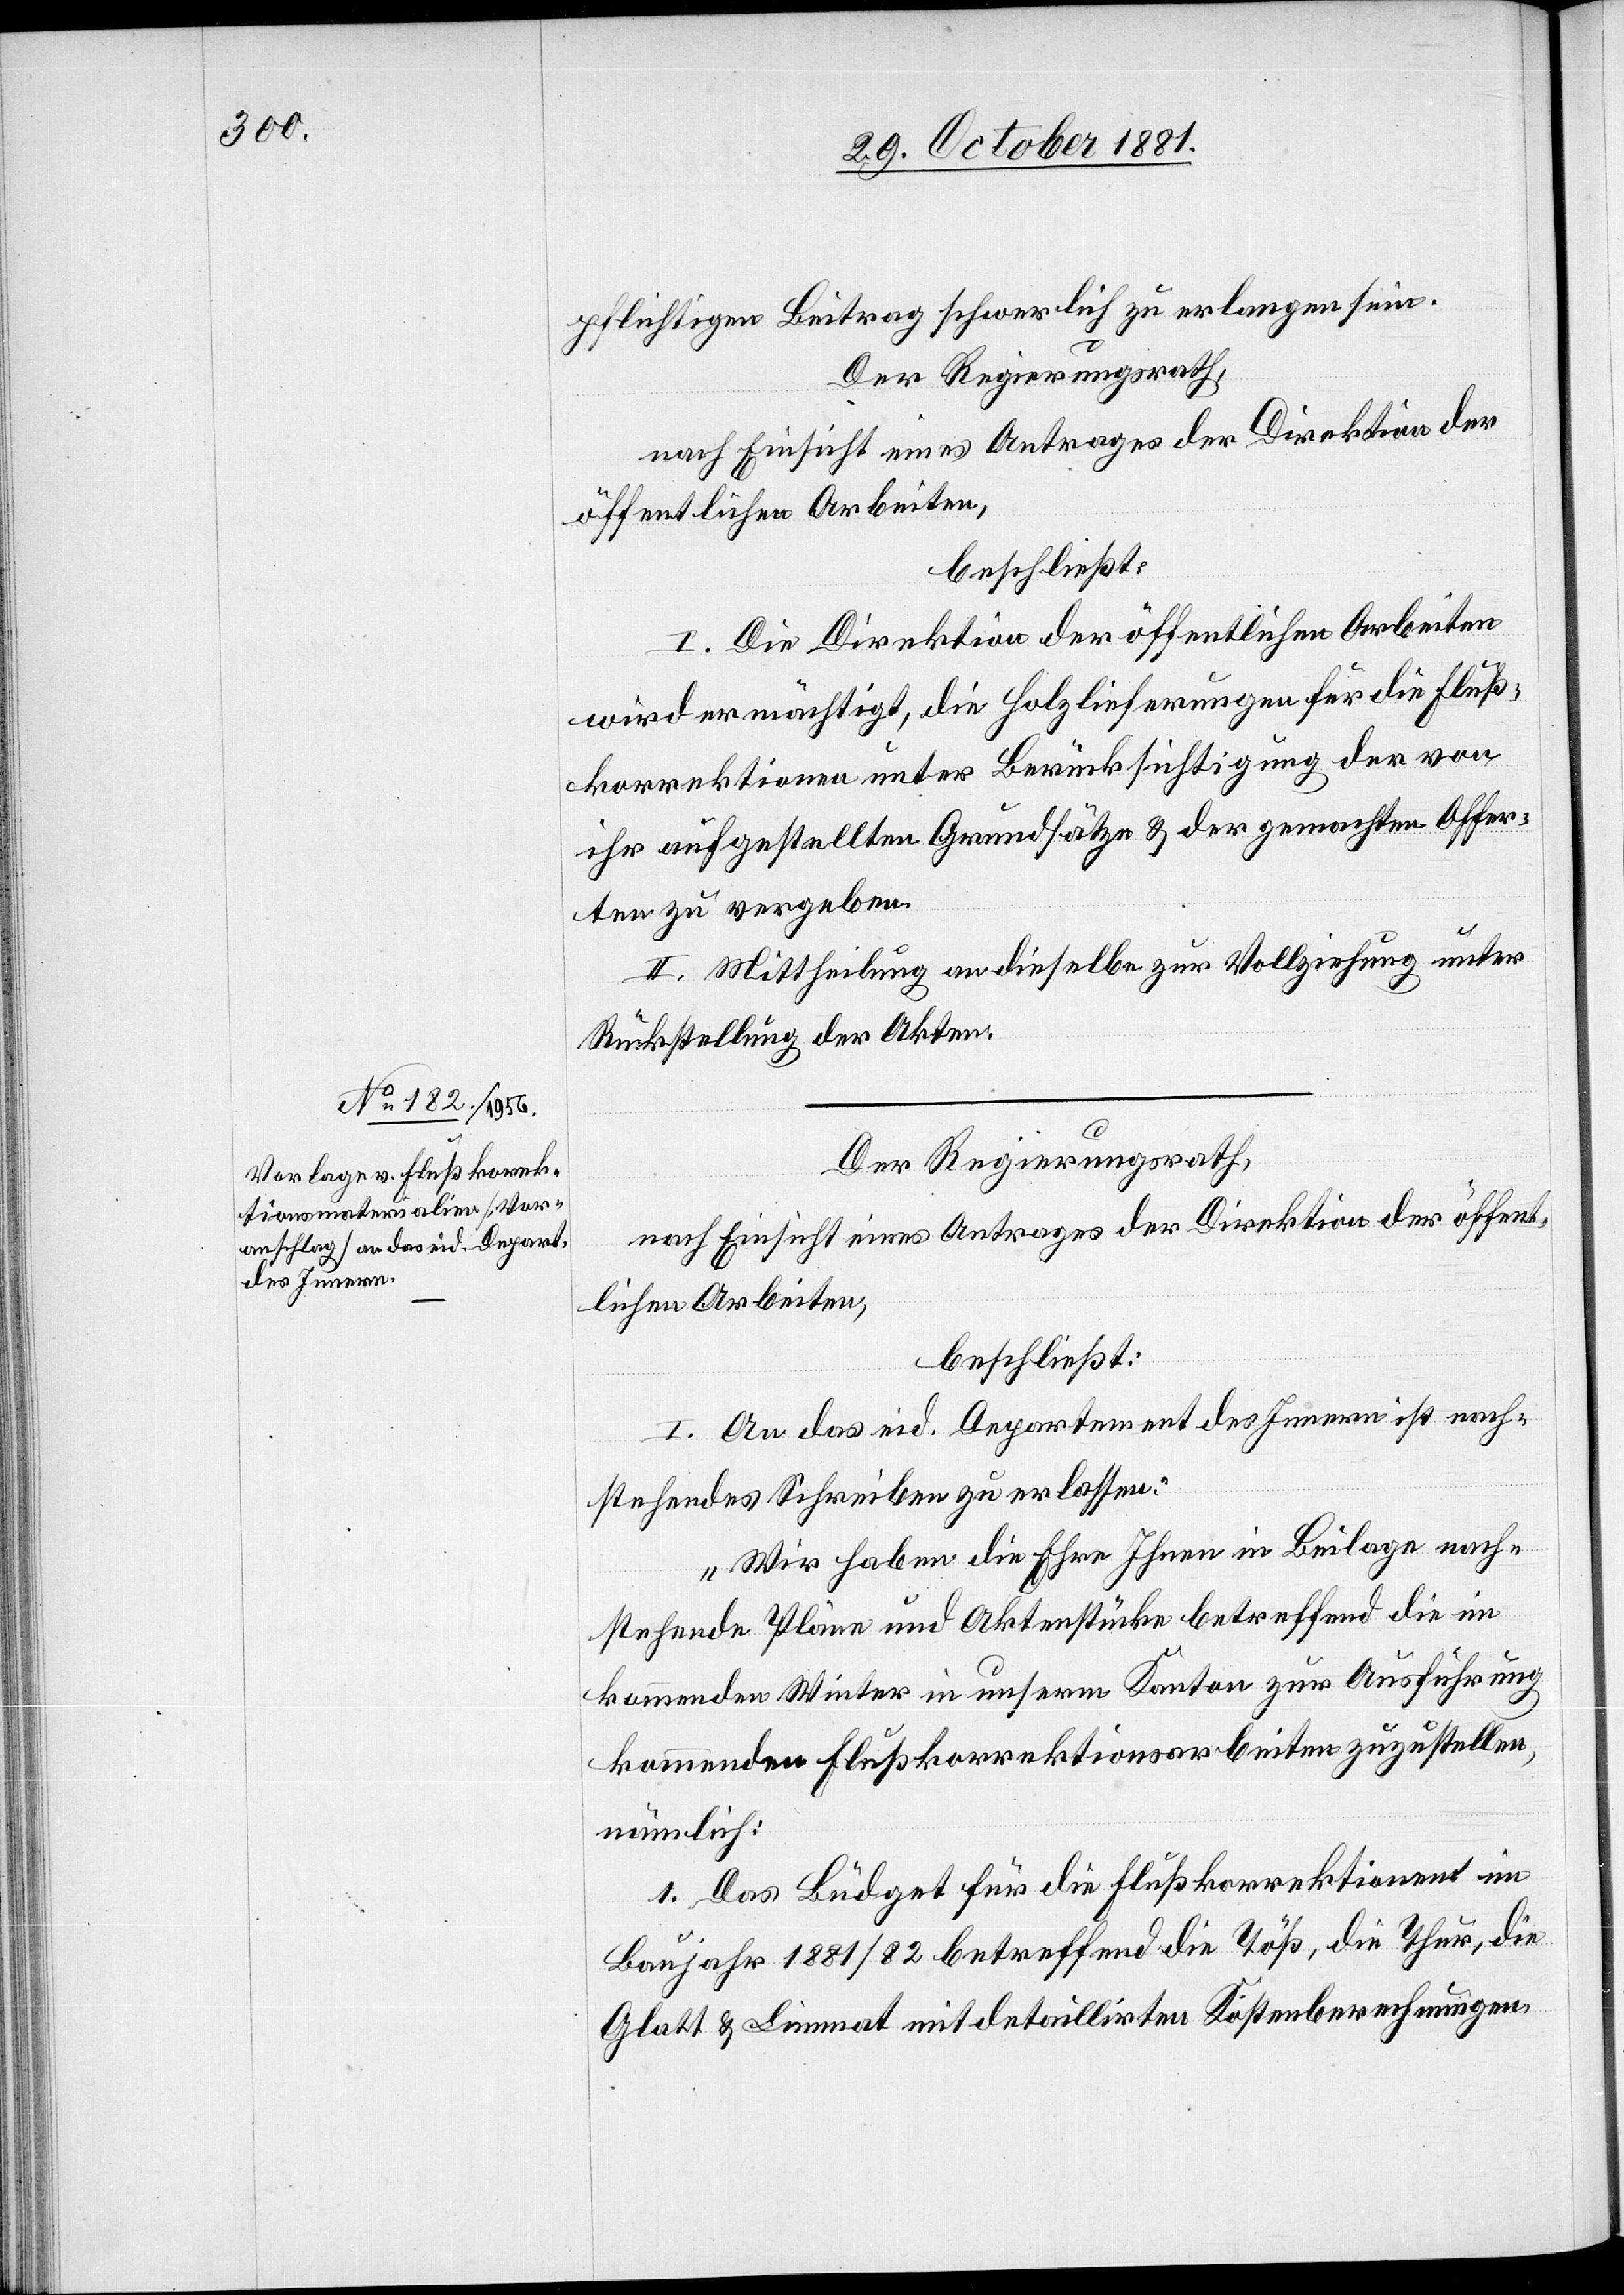
pflichtigen Beitrag schwerlich zu erlangen sein.
Der Regierungsrath,
nach Einsicht eines Antrages der Direktion der
öffentlichen Arbeiten,
beschließt:
I. Die Direktion der öffentlichen Arbeiten
wird ermächtigt, die Holzlieferungen für die Fluß¬
korrektionen unter Berücksichtigung der von
ihr aufgestellten Grundsätze & der gemachten Offer¬
ten zu vergeben.
II. Mittheilung an dieselbe zur Vollziehung unter
Rückstellung der Akten.
Der Regierungsrath,
nach Einsicht eines Antrages der Direktion der öffent¬
lichen Arbeiten,
beschließt:
I. An das eid. Departement des Innern ist nach¬
stehendes Schreiben zu erlassen:
„Wir haben die Ehre Ihnen in Beilage nach¬
stehende Pläne und Aktenstücke betreffend die im
kommenden Winter in unserm Kanton zur Ausführung
kommenden Flußkorrektionsarbeiten zuzustellen,
nämlich:
1. Das Büdget für die Flußkorrektionen im
Baujahr 1881/82 betreffend die Töß, die Thur, die
Glatt & Limmat mit detaillirten Kostenberechnungen.